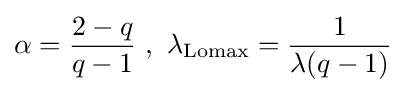
\alpha ={{2-q} \over {q-1}}~,~\lambda _{\text{Lomax}}={1 \over {\lambda (q-1)}}